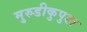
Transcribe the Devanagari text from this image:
मुरुडीकुपुडा